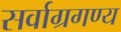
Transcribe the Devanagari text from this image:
सर्वाग्रगण्य